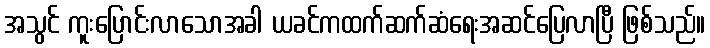
အသွင် ကူးပြောင်းလာသောအခါ ယခင်ကထက်ဆက်ဆံရေးအဆင်ပြေလာပြီ ဖြစ်သည်။